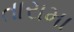
તારામા